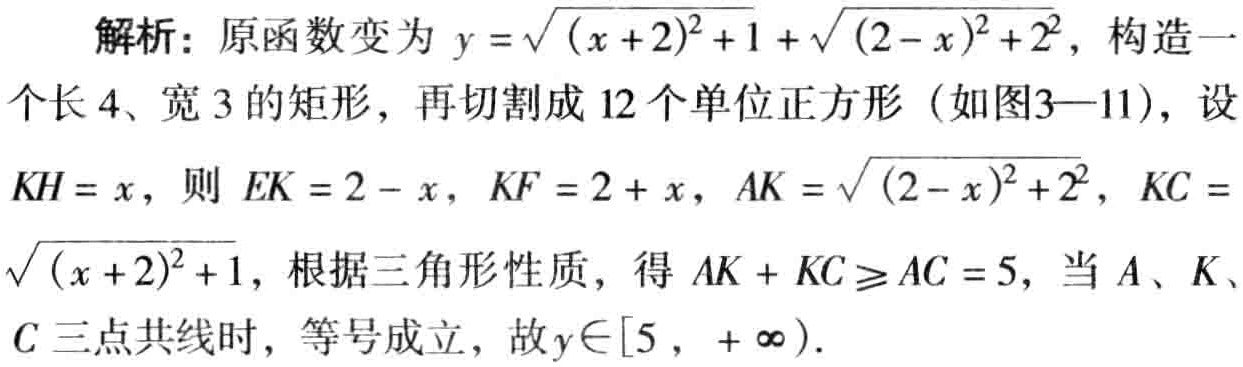
解析：原函数变为 \(y = \sqrt{(x + 2)^2 + 1} + \sqrt{(2 - x)^2 + 2^2}\)，构造一个长 \(4\)、宽 \(3\) 的矩形，再切割成 \(12\) 个单位正方形（如图3—11），设 \(KH = x\)，则 \(EK = 2 - x\)，\(KF = 2 + x\)，\(AK = \sqrt{(2 - x)^2 + 2^2}\)，\(KC = \sqrt{(x + 2)^2 + 1}\)，根据三角形性质，得 \(AK + KC \geq AC = 5\)，当 \(A\)、\(K\)、\(C\) 三点共线时，等号成立，故 \(y\in[5, +\infty)\)。